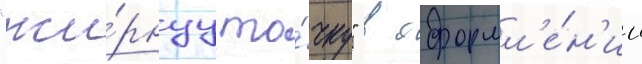
"жи́рнуу то́чку" в оформл'е́н'ии